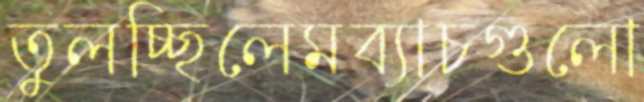
তুলচ্ছিলেমব্যাচগুলো